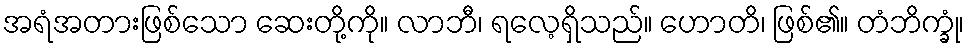
အရံအတားဖြစ်သော ဆေးတို့ကို။ လာဘီ၊ ရလေ့ရှိသည်။ ဟောတိ၊ ဖြစ်၏။ တံဘိက္ခုံ၊